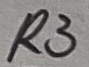
Text: R3